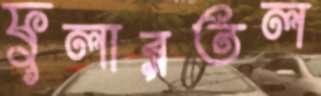
ফুলারতল